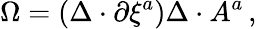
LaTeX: \Omega=(\Delta\cdot\partial\xi^{a})\Delta\cdot A^{a}\, ,